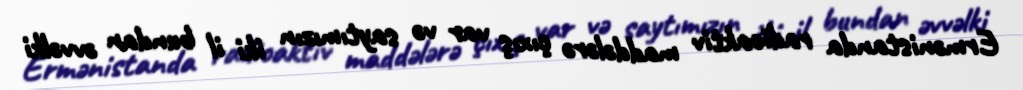
Ermənistanda radioaktiv maddələrə çıxış var və saytımızın iki il bundan əvvəlki